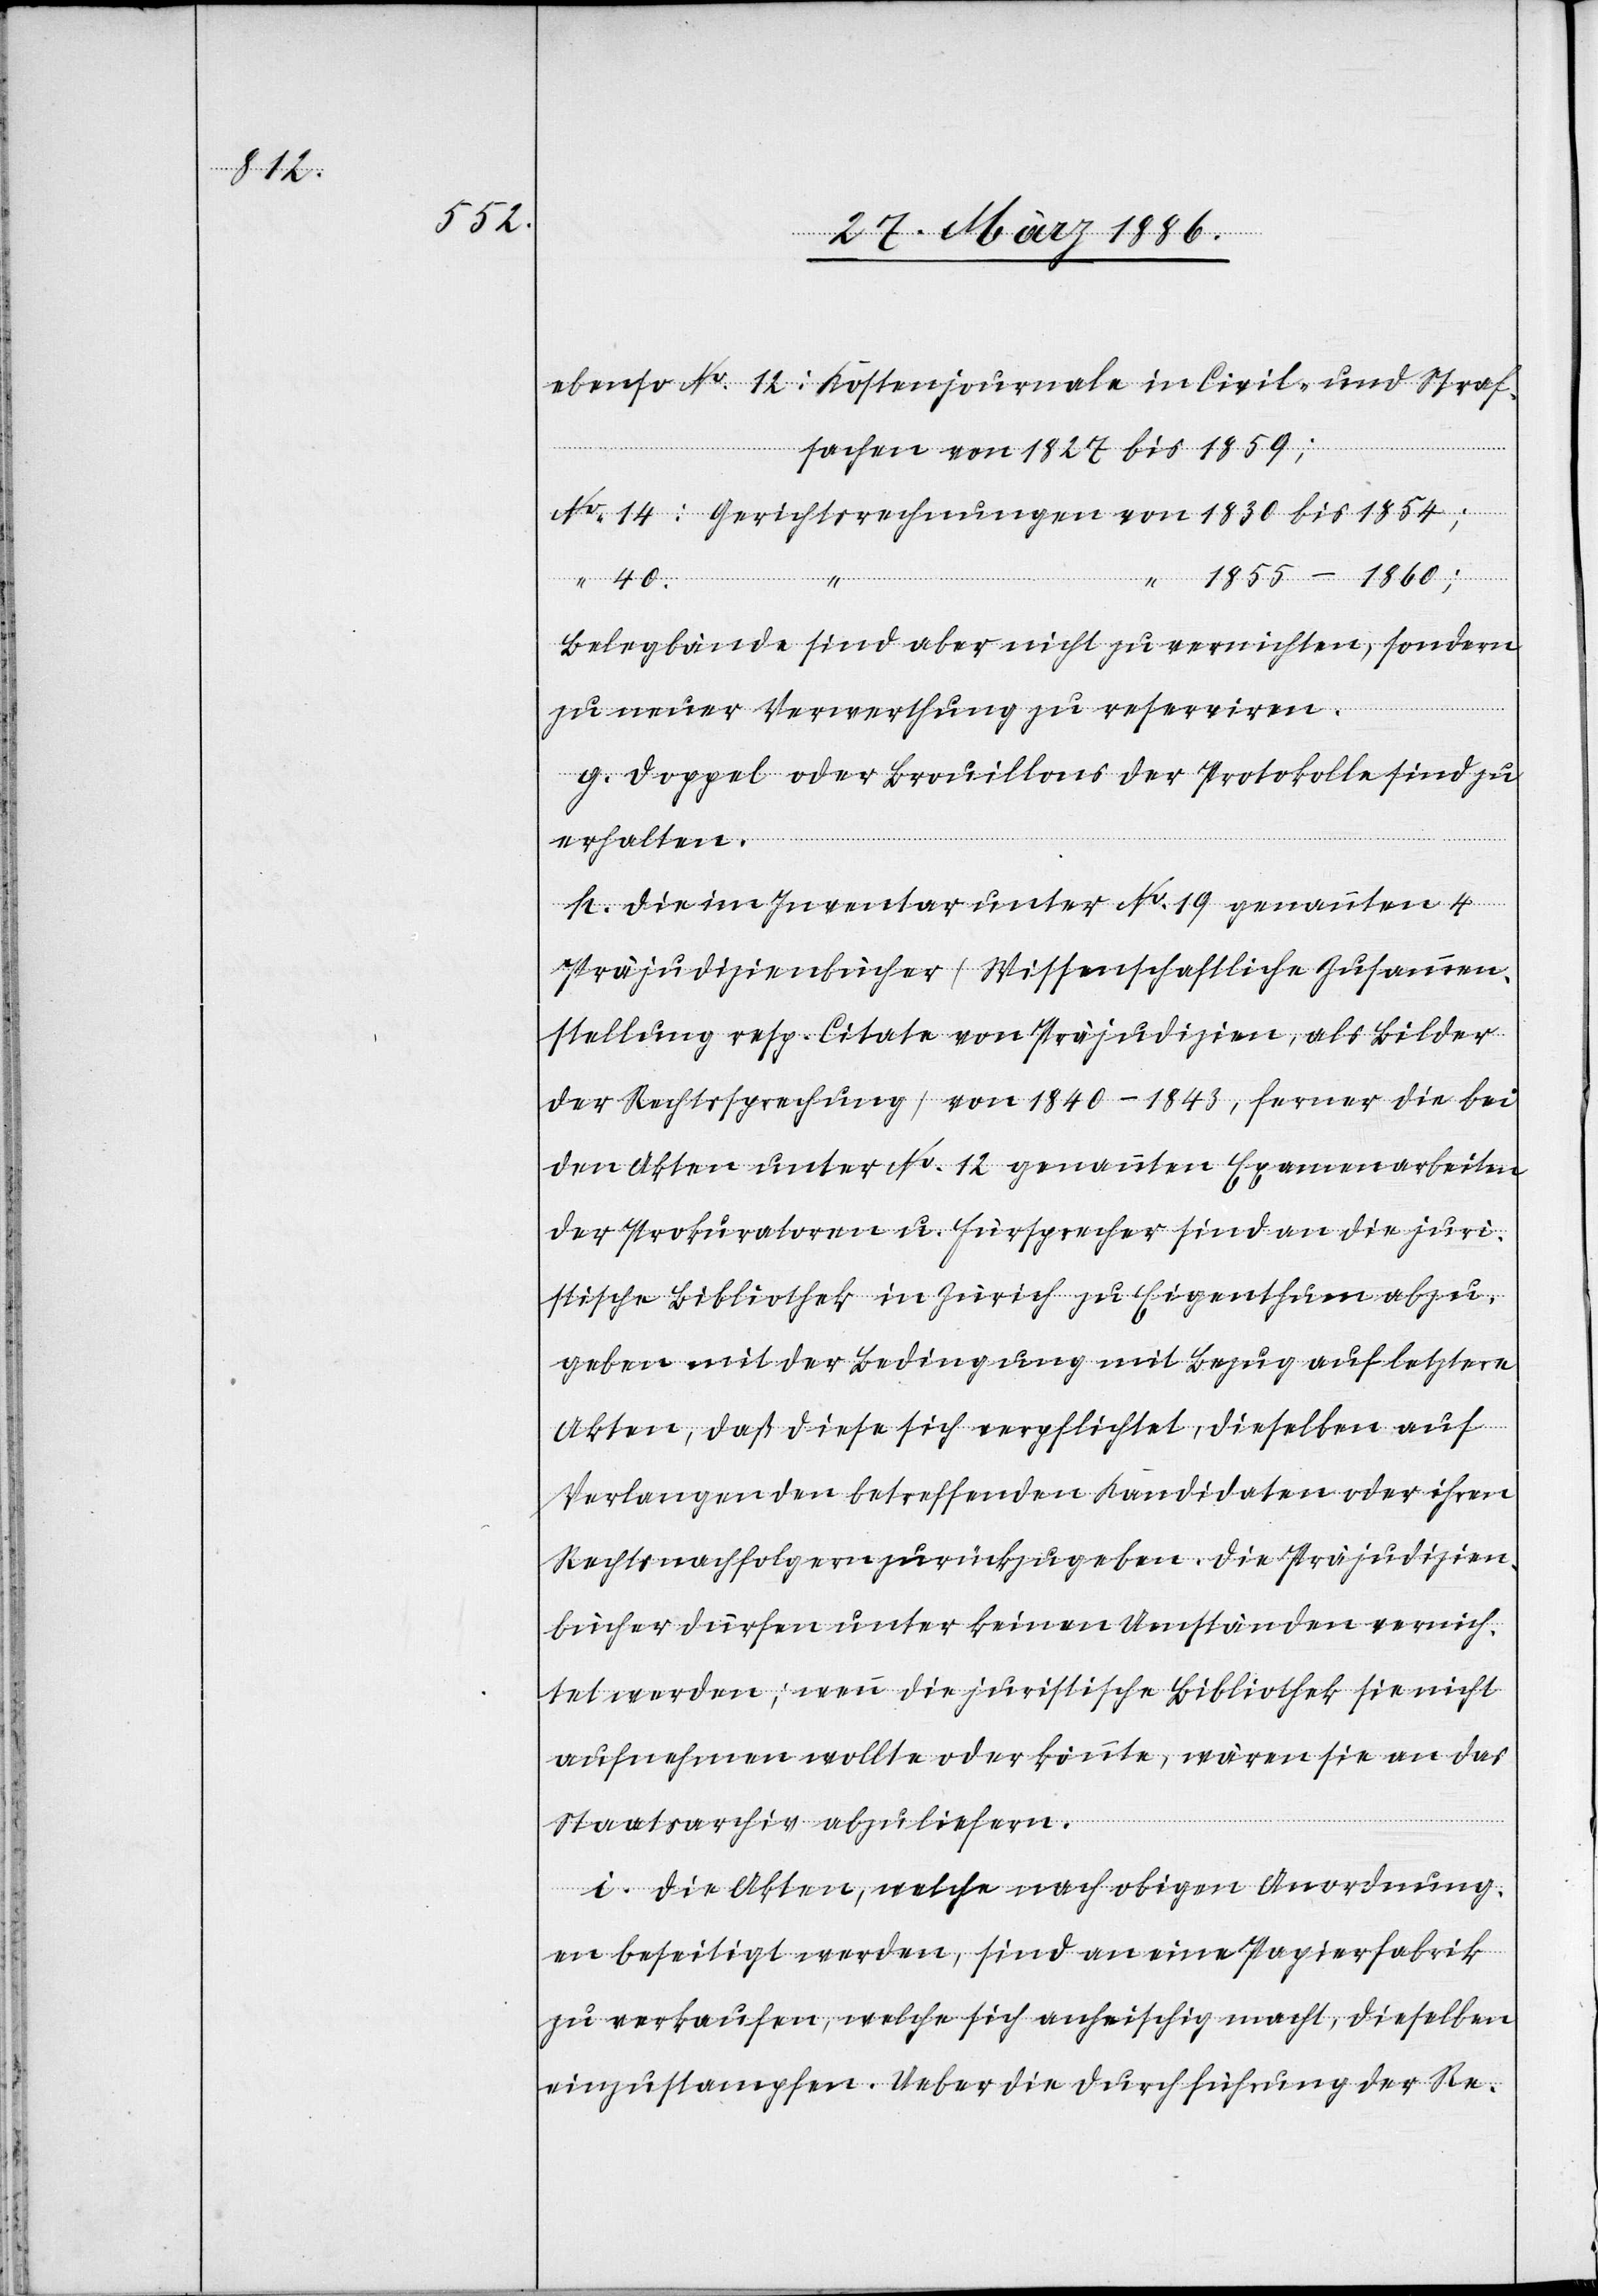
1830

1854;

No.
Gerichtsrechnungen
1855–1860;
40:
Belegbände sind aber nicht zu vernichten, sondern
zu neuer Verwerthung zu reserviren.
g. Doppel oder Brouillons der Protokolle sind zu
von
erhalten.
h. Die im Inventar unter No. 19 genannten 4
Präjudizienbücher (Wissenschaftliche Zusammen¬
stellung resp. Citate von Präjudizien, als Bilder
der Rechtsprechung) von 1840–1843, ferner die bei
den Akten unter No. 12 genannten Examenarbeiten
der Prokuratoren u. Fürsprecher sind an die juri¬
stische Bibliothek in Zürich zu Eigenthum abzu¬
geben mit der Bedingung mit Bezug auf letztere
Akten, daß diese sich verpflichtet, dieselben auf
Verlangen den betreffenden Kandidaten oder ihren
Rechtsnachfolger zurückzugeben. Die Präjudizien¬
bücher dürfen unter keinen Umständen vernich¬
tet werden; wenn die juristische Bibliothek sie nicht
aufnehmen wollte oder könnte, wären sie an das
Staatsarchiv abzuliefern.
i. Die Akten, welche nach obigen Anordnung¬
en beseitig werden, sind an eine Papierfabrik
zu verkaufen, welche sich anheischig macht, dieselben
einzustampfen. Ueber die Durchführung der Re-